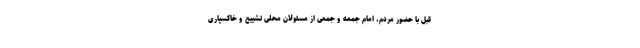
قبل با حضور مردم، امام جمعه و جمعی از مسئولان محلی تشییع و خاکسپاری